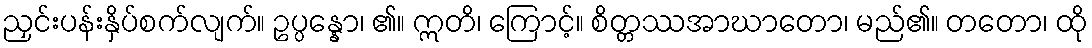
ညှင်းပန်းနှိပ်စက်လျက်။ ဥပ္ပန္နော၊ ၏။ ဣတိ၊ ကြောင့်။ စိတ္တဿအာဃာတော၊ မည်၏။ တတော၊ ထို